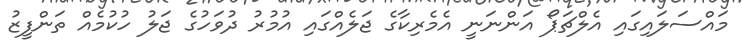
މައްސަލައިގައި އެލްޗަޕޯ އަންނަނީ އެމެރިކާގެ ޖަލެއްގައި އުމުރު ދުވަހުގެ ޖަލު ހުކުމެއް ތަންފީޒު